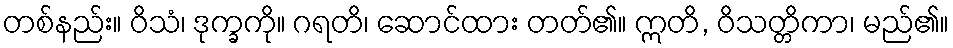
တစ်နည်း။ ဝိသံ၊ ဒုက္ခကို။ ဂရတိ၊ ဆောင်ထား တတ်၏။ ဣတိ, ဝိသတ္တိကာ၊ မည်၏။